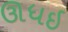
ઊધઇ